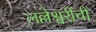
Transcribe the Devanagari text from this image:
लल्लेश्वरींची